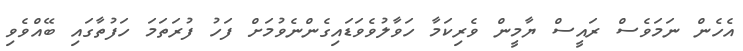
އެހެން ނަމަވެސް ރައީސް ޔާމީން ވެރިކަމާ ހަވާލުވެވަޑައިގެންނެވުމަށް ފަހު ފުރަތަމަ ހަފުތާގައި ބޭއްވެވި